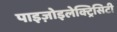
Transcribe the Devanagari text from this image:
पाइज़ोइलेक्ट्रिसिटी